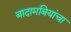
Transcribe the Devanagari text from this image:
बादामबियांचा